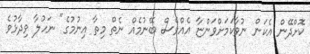
ކޮށްދޭން އެކަން ނުވާކަމަށްވަންޏާ އެއްވެސް ބޭނުމެއް ނެތް މިތާ އިނުމުގެ" ނަހުލާ ވިދާޅުވެ